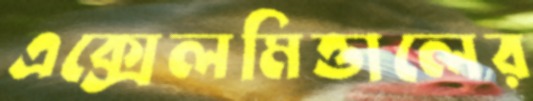
এক্সেলমিত্তালের